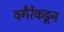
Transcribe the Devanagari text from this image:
वगैरेंकडून